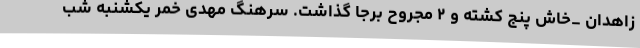
زاهدان _خاش پنج کشته و ۲ مجروح برجا گذاشت. سرهنگ مهدی خمر یکشنبه شب